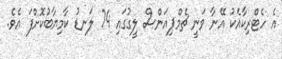
އެ ހެޓްރިކާއެކު އޭނާ ވަނީ ޗެމްޕިއަންސް ލީގުގައި 74 ލަނޑު ކާމިޔާބުކޮށްފަ އެވެ.